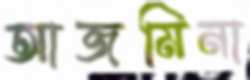
আজমিনা